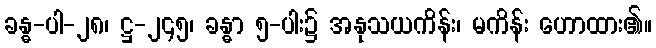
ခန္ဓ-ပါ-၂၈၊ ဋ္ဌ-၂၄၅၊ ခန္ဓာ ၅-ပါး၌ အနုသယကိန်း၊ မကိန်း ဟောထား၏။